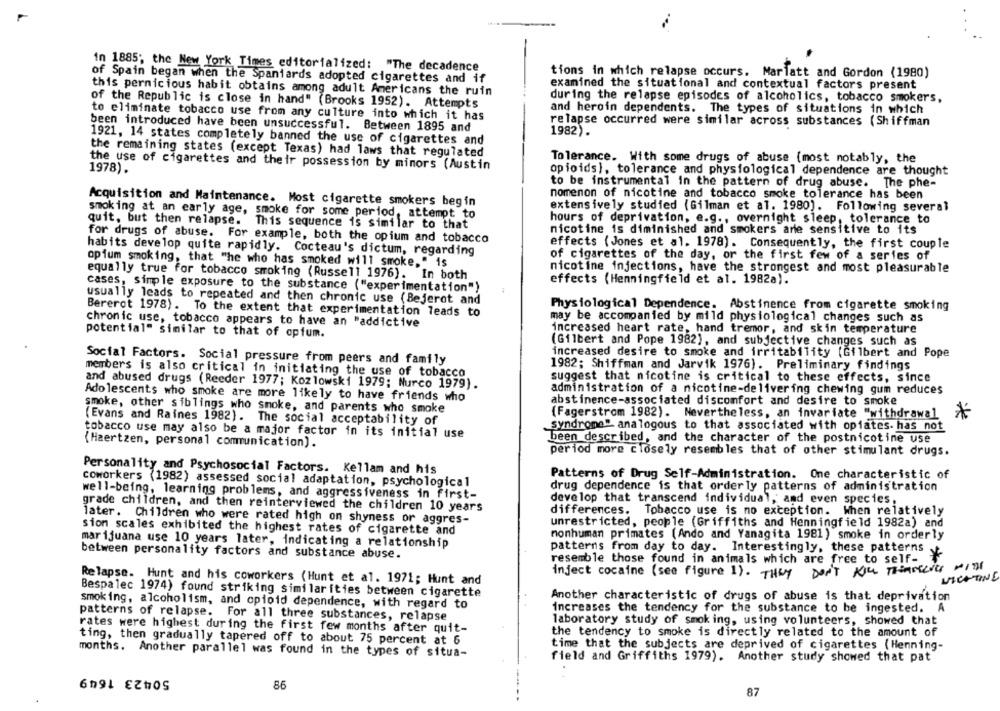
in 1885; the New York Times editorialized: "The decadence
tions in which relapse occurs. Mariatt and Gordon (1980)
of Spain began when the Spaniards adopted cigarettes and if
examined the situational and contextual factors present
this pernicious habit obtains among adult Americans the ruin
during the relapse episodes of alcoholics, tobacco smokers,
of the Republic is close in hand" (Brooks 1952). Attempts
and heroin dependents. The types of situations in which
to eliminate tobacco use from any culture into which it has
been introduced have been unsuccessful. Between 1895 and
relapse occurred were similar across substances (Shiffman
1982).
1921, 14 states completely banned the use of cigarettes and
the remaining states (except Texas) had laws that regulated
Tolerance. With some drugs of abuse (most notably, the
1978).
the use of cigarettes and their possession by minors (Austin
opioids ), tolerance and physiological dependence are thought
to be instrumental in the pattern of drug abuse.
The phe-
nomenon of nicotine and tobacco smoke tolerance has been
Acquisition and Maintenance. Most cigarette smokers begin
extensively studied (Gilman et al. 1980]. Following several
smoking at an early age, smoke for some period, attempt to
hours of deprivation, e.g ., overnight sleep, tolerance to
quit, but then relapse. This sequence is similar to that
nicotine is diminished and smokers are sensitive to its
for drugs of abuse. For example, both the opium and tobacco
effects (Jones et al. 1978). Consequently, the first couple
habits develop quite rapidly. Cocteau's dictum, regarding
of cigarettes of the day, or the first few of a series of
opium smoking, that "he who has smoked will smoke, " is
nicotine injections, have the strongest and most pleasurable
equally true for tobacco smoking (Russell 1976). In both
effects (Henningfield et al. 1982a).
cases, simple exposure to the substance ("experimentation")
usually leads to repeated and then chronic use (Bejerot and
Physiological Dependence. Abstinence from cigarette smoking
Bererot 1978). To the extent that experimentation leads to
may be accompanied by mild physiological changes such as
chronic use, tobacco appears to have an "addictive
potential" similar to that of opfum.
increased heart rate, hand tremor, and skin temperature
(Gilbert and Pope 1982), and subjective changes such as
increased desire to smoke and irritability (Gilbert and Pope
Social Factors. Social pressure from peers and family
1982; Shiffman and Jarvik 1976). Preliminary findings
members is also critical in initiating the use of tobacco
suggest that nicotine is critical to these effects, since
and abused drugs (Reeder 1977; Kozlowski 1979; Nurco 1979).
administration of a nicotine-delivering chewing gum reduces
Adolescents who smoke are more likely to have friends who
abstinence-associated discomfort and desire to smoke
smoke, other siblings who smoke, and parents who smoke
(Fagerstrom 1982). Nevertheless, an invariate "withdrawal >
(Evans and Raines 1982). The social acceptability of
syndroma" analogous to that associated with opiates. has not
tobacco use may also be a major factor in its initial use
been described, and the character of the postnicotine use
(Haertzen, personal communication).
period more closely resembles that of other stimulant drugs.
Personality and Psychosocial Factors. Kellam and his
Patterns of Drug Self-Administration. One characteristic of
coworkers (1982) assessed social adaptation, psychological
drug dependence is that orderly patterns of administration
well-being, learning problems, and aggressiveness in first-
develop that transcend individual, and even species,
grade children, and then reinterviewed the children 10 years
differences. Tobacco use is no exception. When relatively
later. Children who were rated high on shyness or aggres-
unrestricted, people (Griffiths and Henningfield 1982a) and
sion scales exhibited the highest rates of cigarette and
nonhuman primates (Ando and Yanagita 1981) smoke in orderly
marijuana use 10 years later, indicating a relationship
between personality factors and substance abuse.
patterns from day to day. Interestingly, these patterns
resemble those found in animals which are free to self-
inject cocaine (see figure 1). THEY DON'T KILL THREERICE WITH
Relapse. Hunt and his coworkers (Hunt et al. 1971; Hunt and
NICHTINE
Bespalec 1974) found striking similarities between cigarette
Another characteristic of drugs of abuse is that deprivation
smoking, alcoholism, and opioid dependence, with regard to
increases the tendency for the substance to be ingested.
A
patterns of relapse. For all three substances, relapse
laboratory study of smoking, using volunteers, showed that
rates were highest during the first few months after quit-
the tendency to smoke is directly related to the amount of
ting, then gradually tapered off to about 75 percent at 6
time that the subjects are deprived of cigarettes (Henning-
months. Another parallel was found in the types of situa-
field and Griffiths 1979). Another study showed that pat
50423 1649
86
87